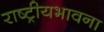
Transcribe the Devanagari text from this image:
राष्ट्रीयभावना